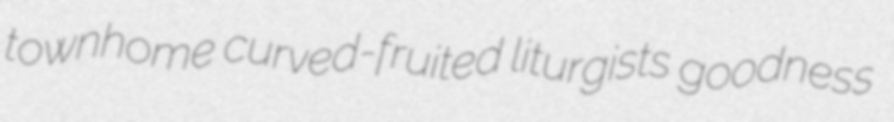
townhome curved-fruited liturgists goodness